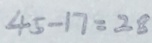
4 5 - 1 7 = 2 8